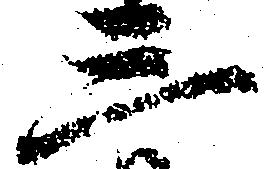
三